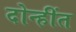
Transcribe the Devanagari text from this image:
दोन्हींत